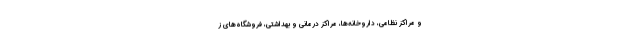
و مراکز نظامی، داروخانه‌ها، مراکز درمانی و بهداشتی، فروشگاه‌های ز